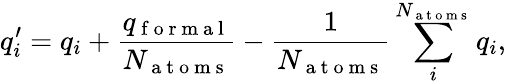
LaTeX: q_{i}^{\prime}=q_{i}+\frac{q_{\mathrm{~f~o~r~m~a~l~}}}{N_{\mathrm{~a~t~o~m~s~}}}-\frac{1}{N_{\mathrm{~a~t~o~m~s~}}}\sum_{i}^{N_{\mathrm{~a~t~o~m~s~}}}q_{i},